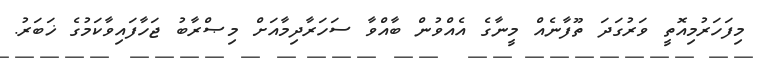
މިފަހަރުމިއޮތީ ވަރުގަދަ ތޫފާނެއް މީނާގެ އެއްވުން ބާއްވާ ސަހަރާދިމާއަށް މިޞްރާބު ޖަހާފައިވާކަމުގެ ޚަބަރު.